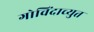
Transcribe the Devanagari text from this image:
गोविंदाच्युत